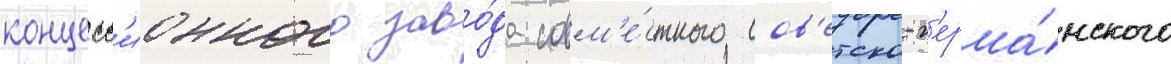
концесс'ионного заво́да совм'е́стного сов'етско-г'ерма́нского